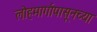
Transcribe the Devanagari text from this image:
लोहमार्गापासूनच्या